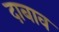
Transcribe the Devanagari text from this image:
दाबाव